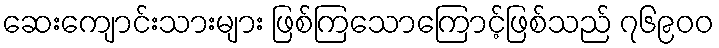
ဆေးကျောင်းသားများ ဖြစ်ကြသောကြောင့်ဖြစ်သည် ၇၆၉၀၀